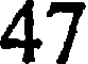
47